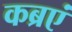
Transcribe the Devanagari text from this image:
कब्रएं